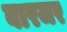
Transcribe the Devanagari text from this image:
बारजर